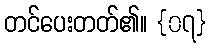
တင်ပေးတတ်၏။ {၀၇}